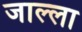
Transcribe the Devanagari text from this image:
जाल्ला